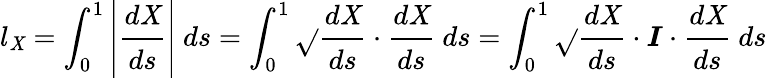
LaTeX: l_{\mathit{X}}=\int_{0}^{1}\left|{\cfrac{d\mathbf{{\mathit{X}}}}{ds}}\right|~ds=\int_{0}^{1}{\sqrt{}{{{\cfrac{d\mathbf{{\mathit{X}}}}{ds}}\cdot{\cfrac{d\mathbf{{\mathit{X}}}}{ds}}}}}~ds=\int_{0}^{1}{\sqrt{}{{{\cfrac{d\mathbf{{\mathit{X}}}}{ds}}\cdot{\boldsymbol{I}}\cdot{\cfrac{d\mathbf{{\mathit{X}}}}{ds}}}}}~ds